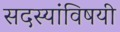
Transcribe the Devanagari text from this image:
सदस्यांविषयी